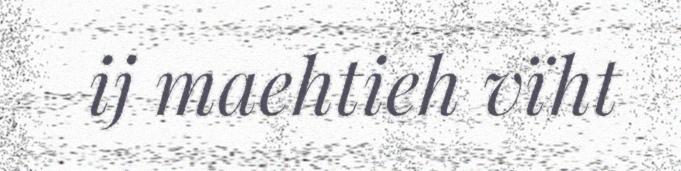
ij maehtieh vïht